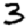
Digit: 3